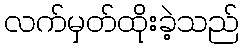
လက်မှတ်ထိုးခဲ့သည်